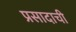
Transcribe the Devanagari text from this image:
प्रसादाची